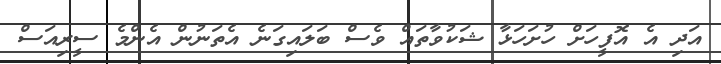
އަދި އެ އޮފީހަށް ހުށަހަޅާ ޝަކުވާތައް ވެސް ބަލައިގަނެ އެތަނުން އެންމެ ސީރިއަސް